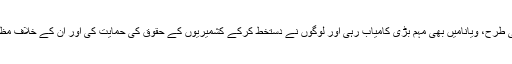
بڈاپسٹ اوربراٹیسلاواکی طرح، ویانامیں بھی مہم بڑی کامیاب رہی اور لوگوں نے دستخط کرکے کشمیریوں کے حقوق کی حمایت کی اور ان کے خلاف مظالم پر تشویش ظاہرکی۔